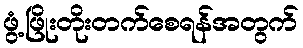
ဖွံ့ဖြိုးတိုးတက်စေရန်အတွက်